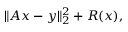
\| A x - y \| _ { 2 } ^ { 2 } + R ( x ) ,